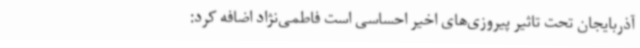
آذربایجان تحت تاثیر پیروزی‌های اخیر احساسی است فاطمی‌نژاد اضافه کرد: